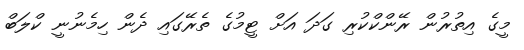
މީގެ އިތުރުން ރޭންކްކުރި ގަދަ އަށް ޓީމުގެ ތެރޭގައި ދެން ހިމެނުނީ ކްލަބް